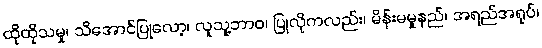
ထိုထိုသမှု၊ သိအောင်ပြုလော့၊ လူသူ့ဘာဝ၊ ပြုလိုကလည်း၊ မိန်းမမှုနည်၊ အရည်အရုပ်၊